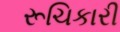
રૂચિકારી